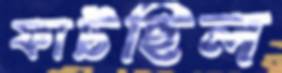
ফাটছিল